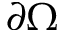
\partial \Omega